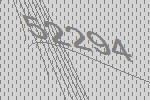
52294